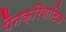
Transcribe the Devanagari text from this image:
पैनक्रियाटिक